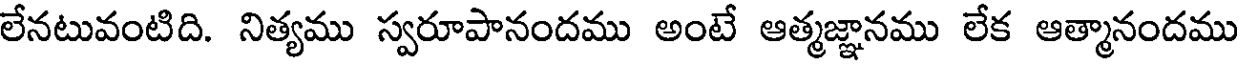
లేనటువంటిది. నిత్యము స్వరూపానందము అంటే ఆత్మజ్ఞానము లేక ఆత్మానందము